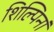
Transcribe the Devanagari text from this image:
शिल्पिनां